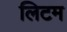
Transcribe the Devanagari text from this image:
लिटम